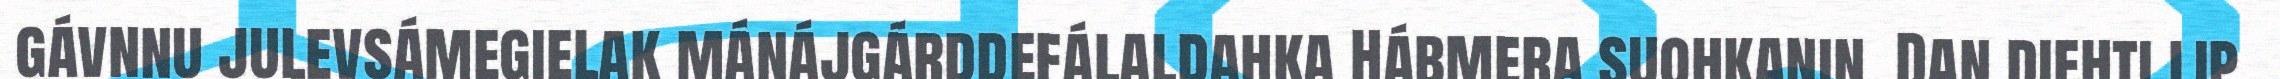
gávnnu julevsámegielak mánájgárddefálaldahka Hábmera suohkanin. Dan diehti lip